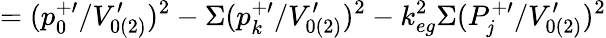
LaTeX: =(p_{0}^{+\prime}/V_{0(2)}^{\prime})^{2}-\Sigma(p_{k}^{+\prime}/V_{0(2)}^{\prime})^{2}-k_{eg}^{2}\Sigma(P_{\mathit{j}}^{+\prime}/V_{0(2)}^{\prime})^{2}